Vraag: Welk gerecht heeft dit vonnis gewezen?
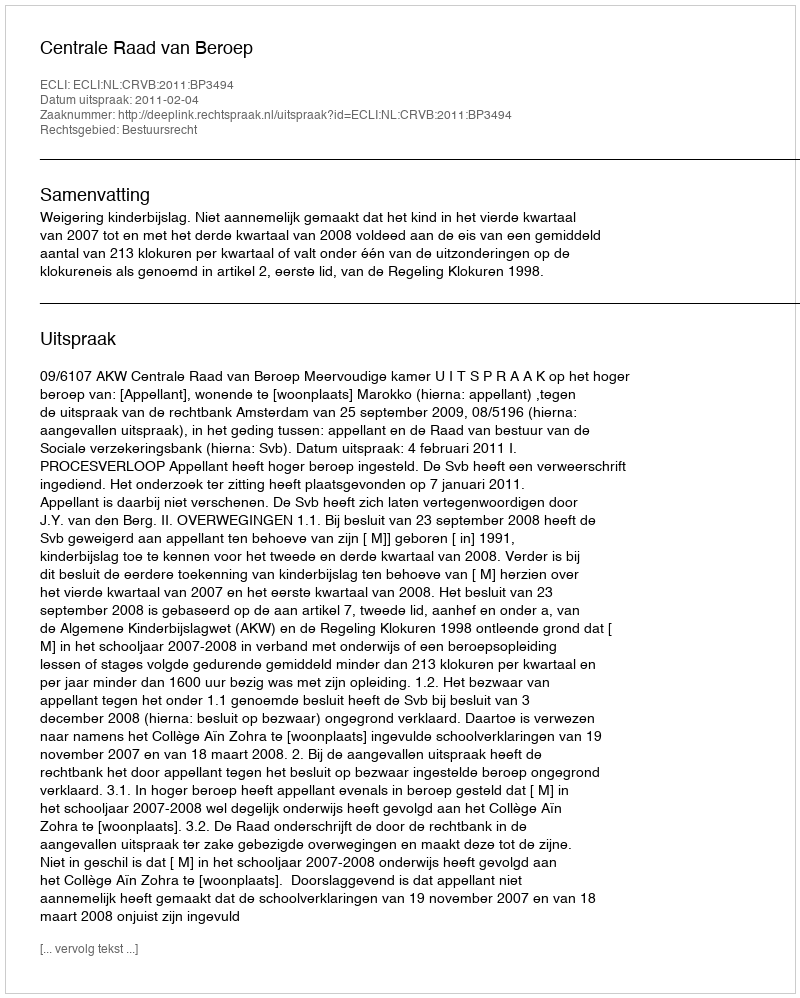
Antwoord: Centrale Raad van Beroep